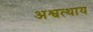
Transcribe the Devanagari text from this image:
अश्वत्थाय